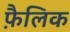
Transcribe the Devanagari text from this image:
फ़ैलिक